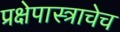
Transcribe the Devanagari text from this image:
प्रक्षेपास्त्राचेच